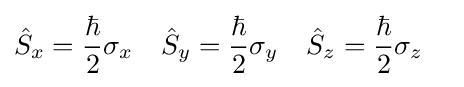
{\begin{aligned}{\hat {S}}_{x}&={\hbar  \over 2}\sigma _{x}&{\hat {S}}_{y}&={\hbar  \over 2}\sigma _{y}&{\hat {S}}_{z}&={\hbar  \over 2}\sigma _{z}\end{aligned}}